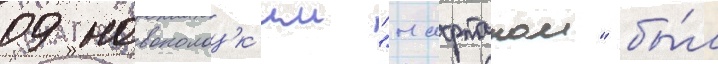
09 новополоцк'им "нафтаном" бы́л